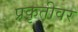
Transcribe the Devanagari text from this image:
प्रकृतीवर